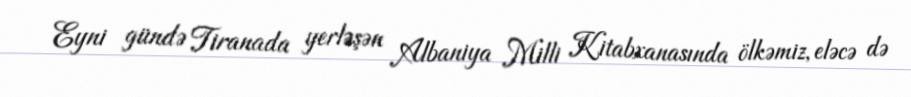
Eyni gündə Tiranada yerləşən Albaniya Milli Kitabxanasında ölkəmiz, eləcə də